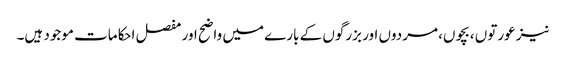
نیز عورتوں ،بچوں، مردوں اور بزرگوں کے بارے میں واضح اور مفصل احکامات موجود ہیں۔